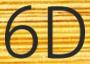
6D